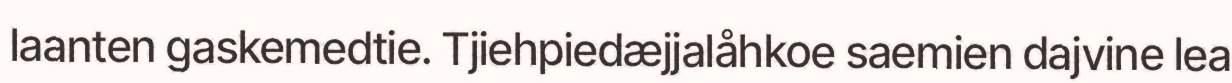
laanten gaskemedtie. Tjiehpiedæjjalåhkoe saemien dajvine lea